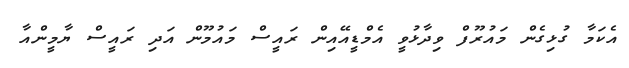
އެކަމާ ގުޅިގެން މައުރޫފް ވިދާޅުވީ އެމްޑީއޭއިން ރައީސް މައުމޫން އަދި ރައީސް ޔާމީންއާ